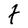
Character: t